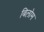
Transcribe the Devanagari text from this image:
बिलोम